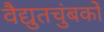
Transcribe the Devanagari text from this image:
वैद्युतचुंबकों